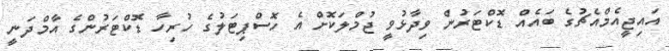
އައިޖީއެމްއެޗުގެ ބައެއް ޑޮކްޓަރުން ވިދާޅުވީ ޖުމްލަކޮށް އެ ހޮސްޕިޓަލުގެ ހުރިހާ ޑޮކްޓަރުންގެ އާމްދަނީ